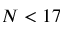
N < 1 7